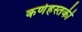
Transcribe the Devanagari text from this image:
कर्णहस्तकी